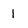
Character: l